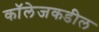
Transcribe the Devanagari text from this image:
कॉलेजकडील